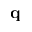
\bf q